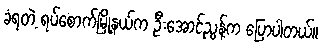
ခံရတဲ့ ရပ်စောက်မြို့နယ်က ဦးအောင်ညွန့်က ပြောပါတယ်။